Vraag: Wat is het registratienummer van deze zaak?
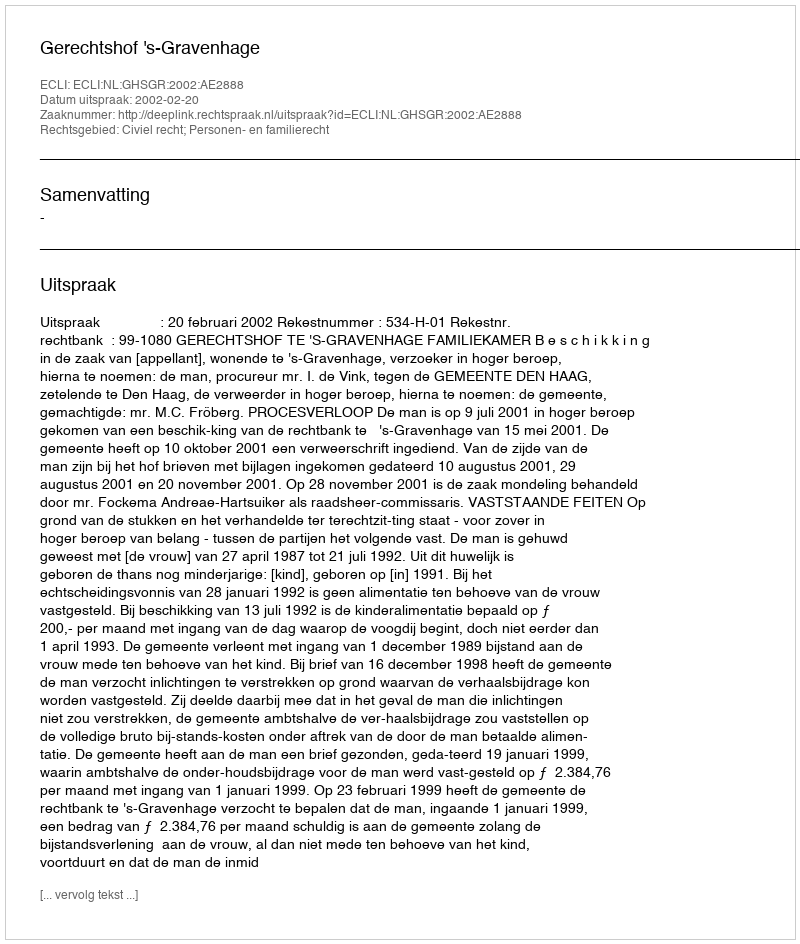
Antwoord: http://deeplink.rechtspraak.nl/uitspraak?id=ECLI:NL:GHSGR:2002:AE2888